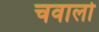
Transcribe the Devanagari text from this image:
चवालो